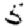
Digit: 5